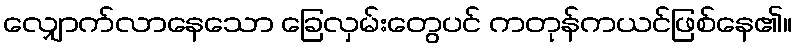
လျှောက်လာနေသော ခြေလှမ်းတွေပင် ကတုန်ကယင်ဖြစ်နေ၏။